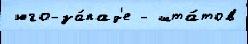
 юго-за́пад'е - шта́тов